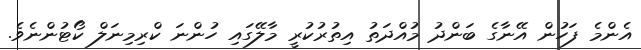
އެންމެ ފަހުން އޭނާގެ ބަންދު މުއްދަތު އިތުރުކުރީ މާލޭގައި ހުންނަ ކްރިމިނަލް ކޯޓުންނެވެ.